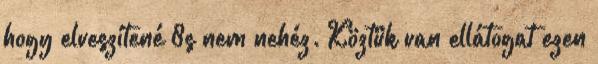
hogy elveszítené 8s nem nehéz. Köztük van ellátogat ezen